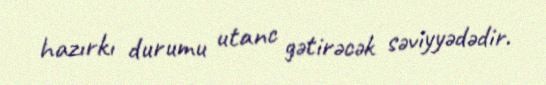
hazırkı durumu utanc gətirəcək səviyyədədir.